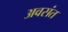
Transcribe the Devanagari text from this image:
अवसंत